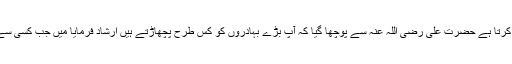
ایک اہم نکتہ : فتح اور کامیابی کا یقین انسان میں قوت اور بہادری پیدا کرتا ہے حضرت علی رضی اللہ عنہ سے پوچھا گیا کہ آپ بڑے بہادروں کو کس طرح پچھاڑتے ہیں ارشاد فرمایا میں جب کسی سے لڑتا ہوں تو پہلے سے اندازہ لگا لیتا ہوں کہ میں اسے قتل کردوں گا ۔